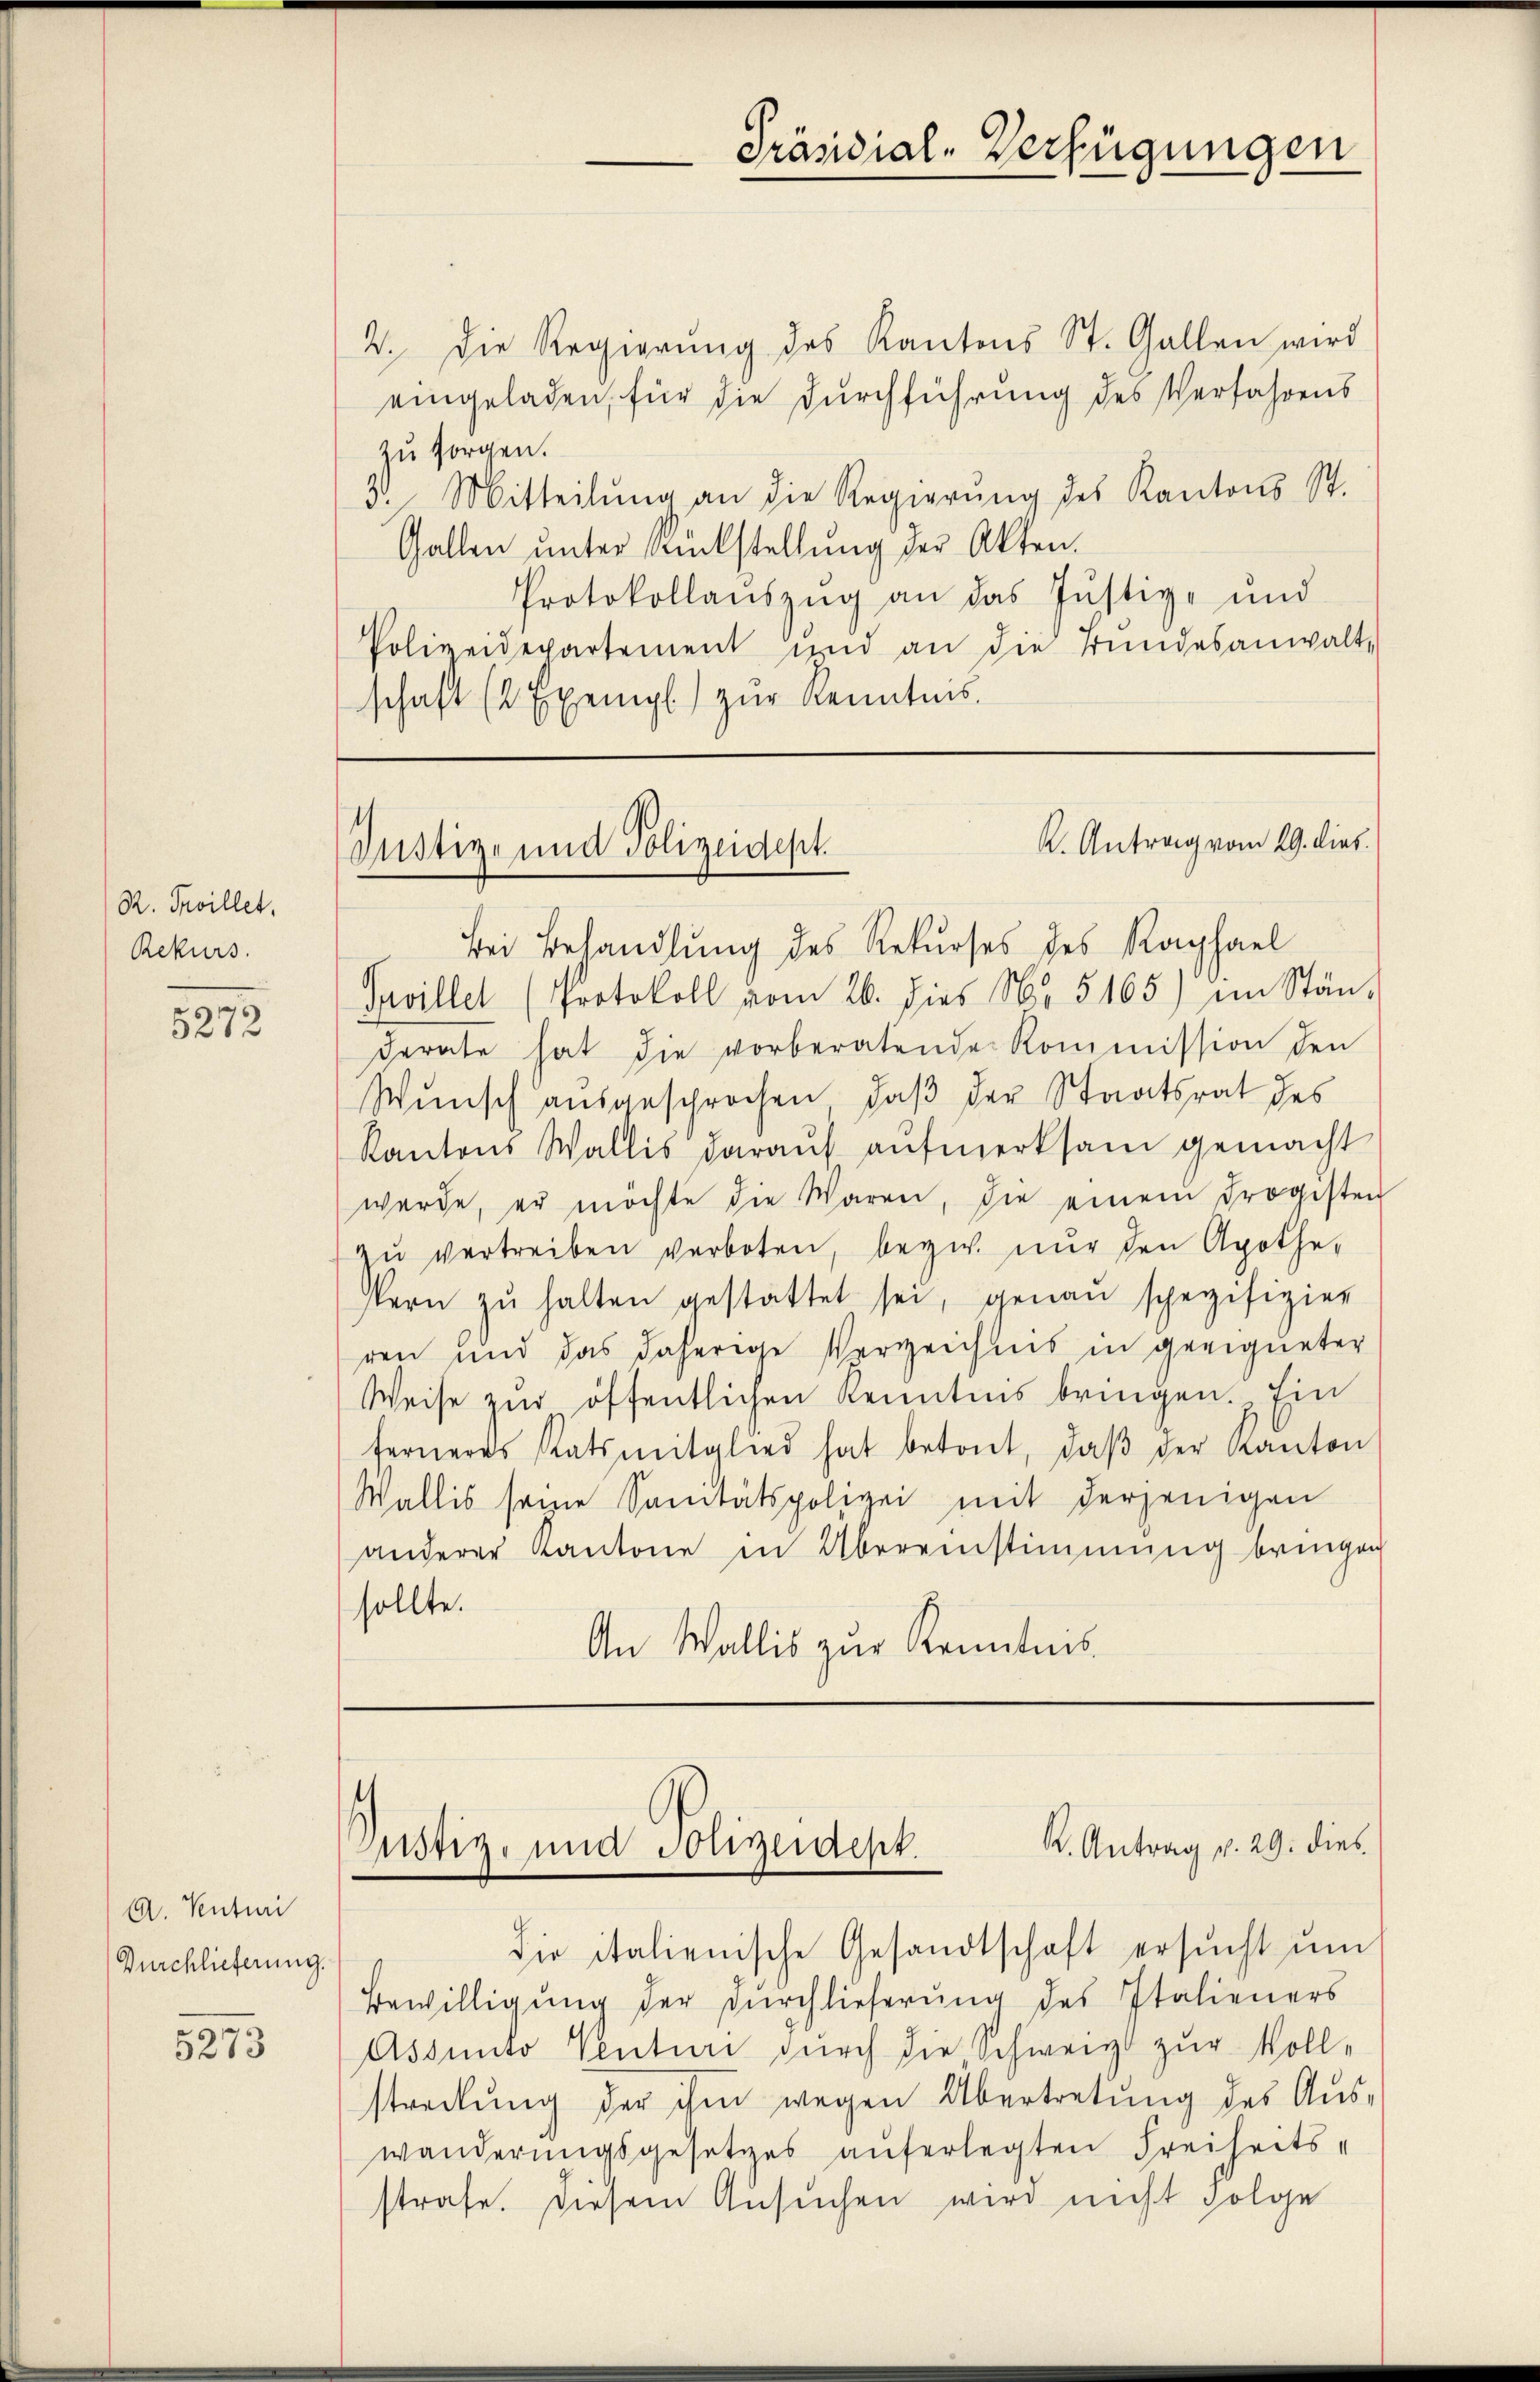
R. Troillet,
Rekurs.

5272

A. Venturi
Durchlieferung.

5273

2. Die Regierŭng des Kantons St. Gallen wird
eingeladen, für die Durchführung des Verfahrens
zu sorgen.
3. Mitteilŭng an die Regierŭng des Kantons St.
Gallen unter Sackstellung der Akten.
Protokollaŭszŭg an das Justiz- und
Polizeidepartement und an die Bundesanwalt-
schaft (2 Exempl) zur Kenntnis.

Präsidial-Verfügungen

K. Antrag vom 29. dies
Justiz- und Polizeidept.

Bei Behandlung des Rekurses des Raphael
Pavillet (Protokoll vom 26. dies N. 5165) im Stän-
derate hat die vorberatende Kommission den
Wunsch ausgesprochen, daß der Staatsrat des
Kantons Wallis daraŭf aŭfmerksam gemacht
werde, er möchte die Waren, die einem Progisten
zŭ vertreiben verboten, bezw. nur den Apothe-
sern zŭ halten gestattet sei, genau spezifizier
ren und das daherige Verzeichnis in geeigneter
Weise zur öffentlichen Kenntnis bringen. Ein
ferneres Ratsmitglied hat betont, daβ der Kanton
Wallis seine Sanitätspolizei mit derjenigen
anderer Kantone in Übereinstimmung bringen
sollte.
An Wallis zur Kenntnis

K. Antrag v. 29. dies
Justiz- und Polizeidept.
die italienische Gesandtschaft ersŭcht ŭm

Bewilligung der Durchlieferung des Italieners
Assuito Venturi durch die Schweiz zur Vollstradlŭng der ihm wegen Übertretŭng des Aŭs-
wanderungsgesetzes auferlegten Freiheits-
strafe. Diesem Ansuchen wird nicht folge